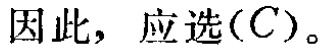
因此，应选\((C)\)。